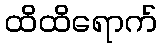
ထိထိရောက်